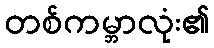
တစ်ကမ္ဘာလုံး၏